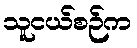
သူငယ်စဉ်က